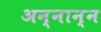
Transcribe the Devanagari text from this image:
अन्नान्न